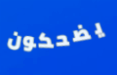
يضحكون